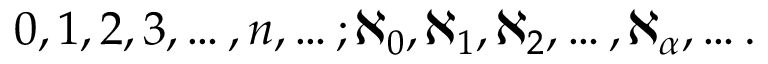
0 , 1 , 2 , 3 , \ldots , n , \ldots ; \aleph _ { 0 } , \aleph _ { 1 } , \aleph _ { 2 } , \ldots , \aleph _ { \alpha } , \ldots .